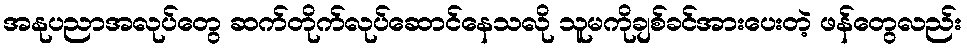
အနုပညာအလုပ်တွေ ဆက်တိုက်လုပ်ဆောင်နေသလို သူမကိုချစ်ခင်အားပေးတဲ့ ဖန်တွေလည်း